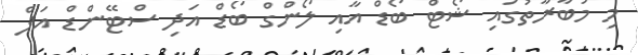
މި މުބާރާތުގައި ޝޯޓް ބޯޑް އާއި ލޯންގް ބޯޑް އަދި ސްޓޭންޑް އަޕް